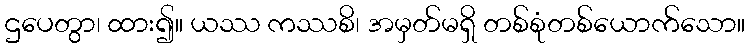
ဌပေတွာ၊ ထား၍။ ယဿ ကဿစိ၊ အမှတ်မရှိ တစ်စုံတစ်ယောက်သော။